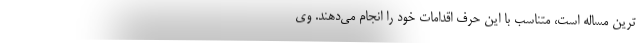
ترین مساله است، متناسب با این حرف اقدامات خود را انجام می‌دهند. وی